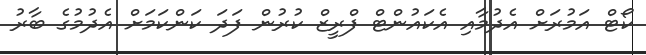
ކޯޓް އަމުރަށް އެދުމާއި އެކައުންޓް ފްރީޒް ކުރުން ފަދަ ކަންކަމަށް އެދުމުގެ ބާރު